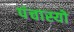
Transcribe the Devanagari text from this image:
पंचास्यो